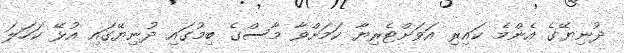
ދުނިޔޭގެ އެންމެ ކައިރި އަވަށްޓެރިޔާ ކަމަށްވާ މާސްގެ ބިމުގައި ދުނިޔޭގައި އުޅޭ ކަހަލަ